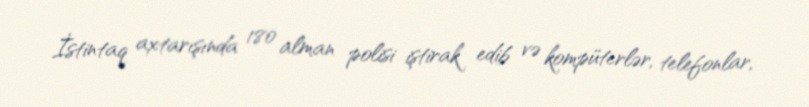
İstintaq axtarışında 180 alman polisi iştirak edib və kompüterlər, telefonlar,